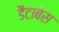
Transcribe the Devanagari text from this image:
डैटाबेस